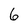
Character: 6